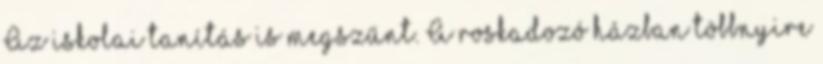
Az iskolai tanítás is megszűnt. A roskadozó házban többnyire